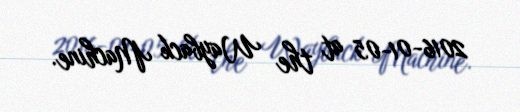
2016-01-05 at the Wayback Machine.